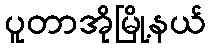
ပူတာအိုမြို့နယ်